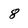
Character: 8